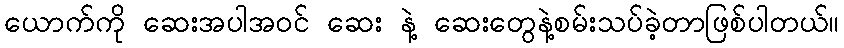
ယောက်ကို ဆေးအပါအဝင် ဆေး နဲ့ ဆေးတွေနဲ့စမ်းသပ်ခဲ့တာဖြစ်ပါတယ်။